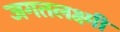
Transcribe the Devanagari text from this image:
जगतलक्ष्मी